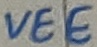
Text: VEE